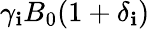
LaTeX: \gamma_{\mathbf{i}}B_{0}(1+\delta_{\mathbf{i}})